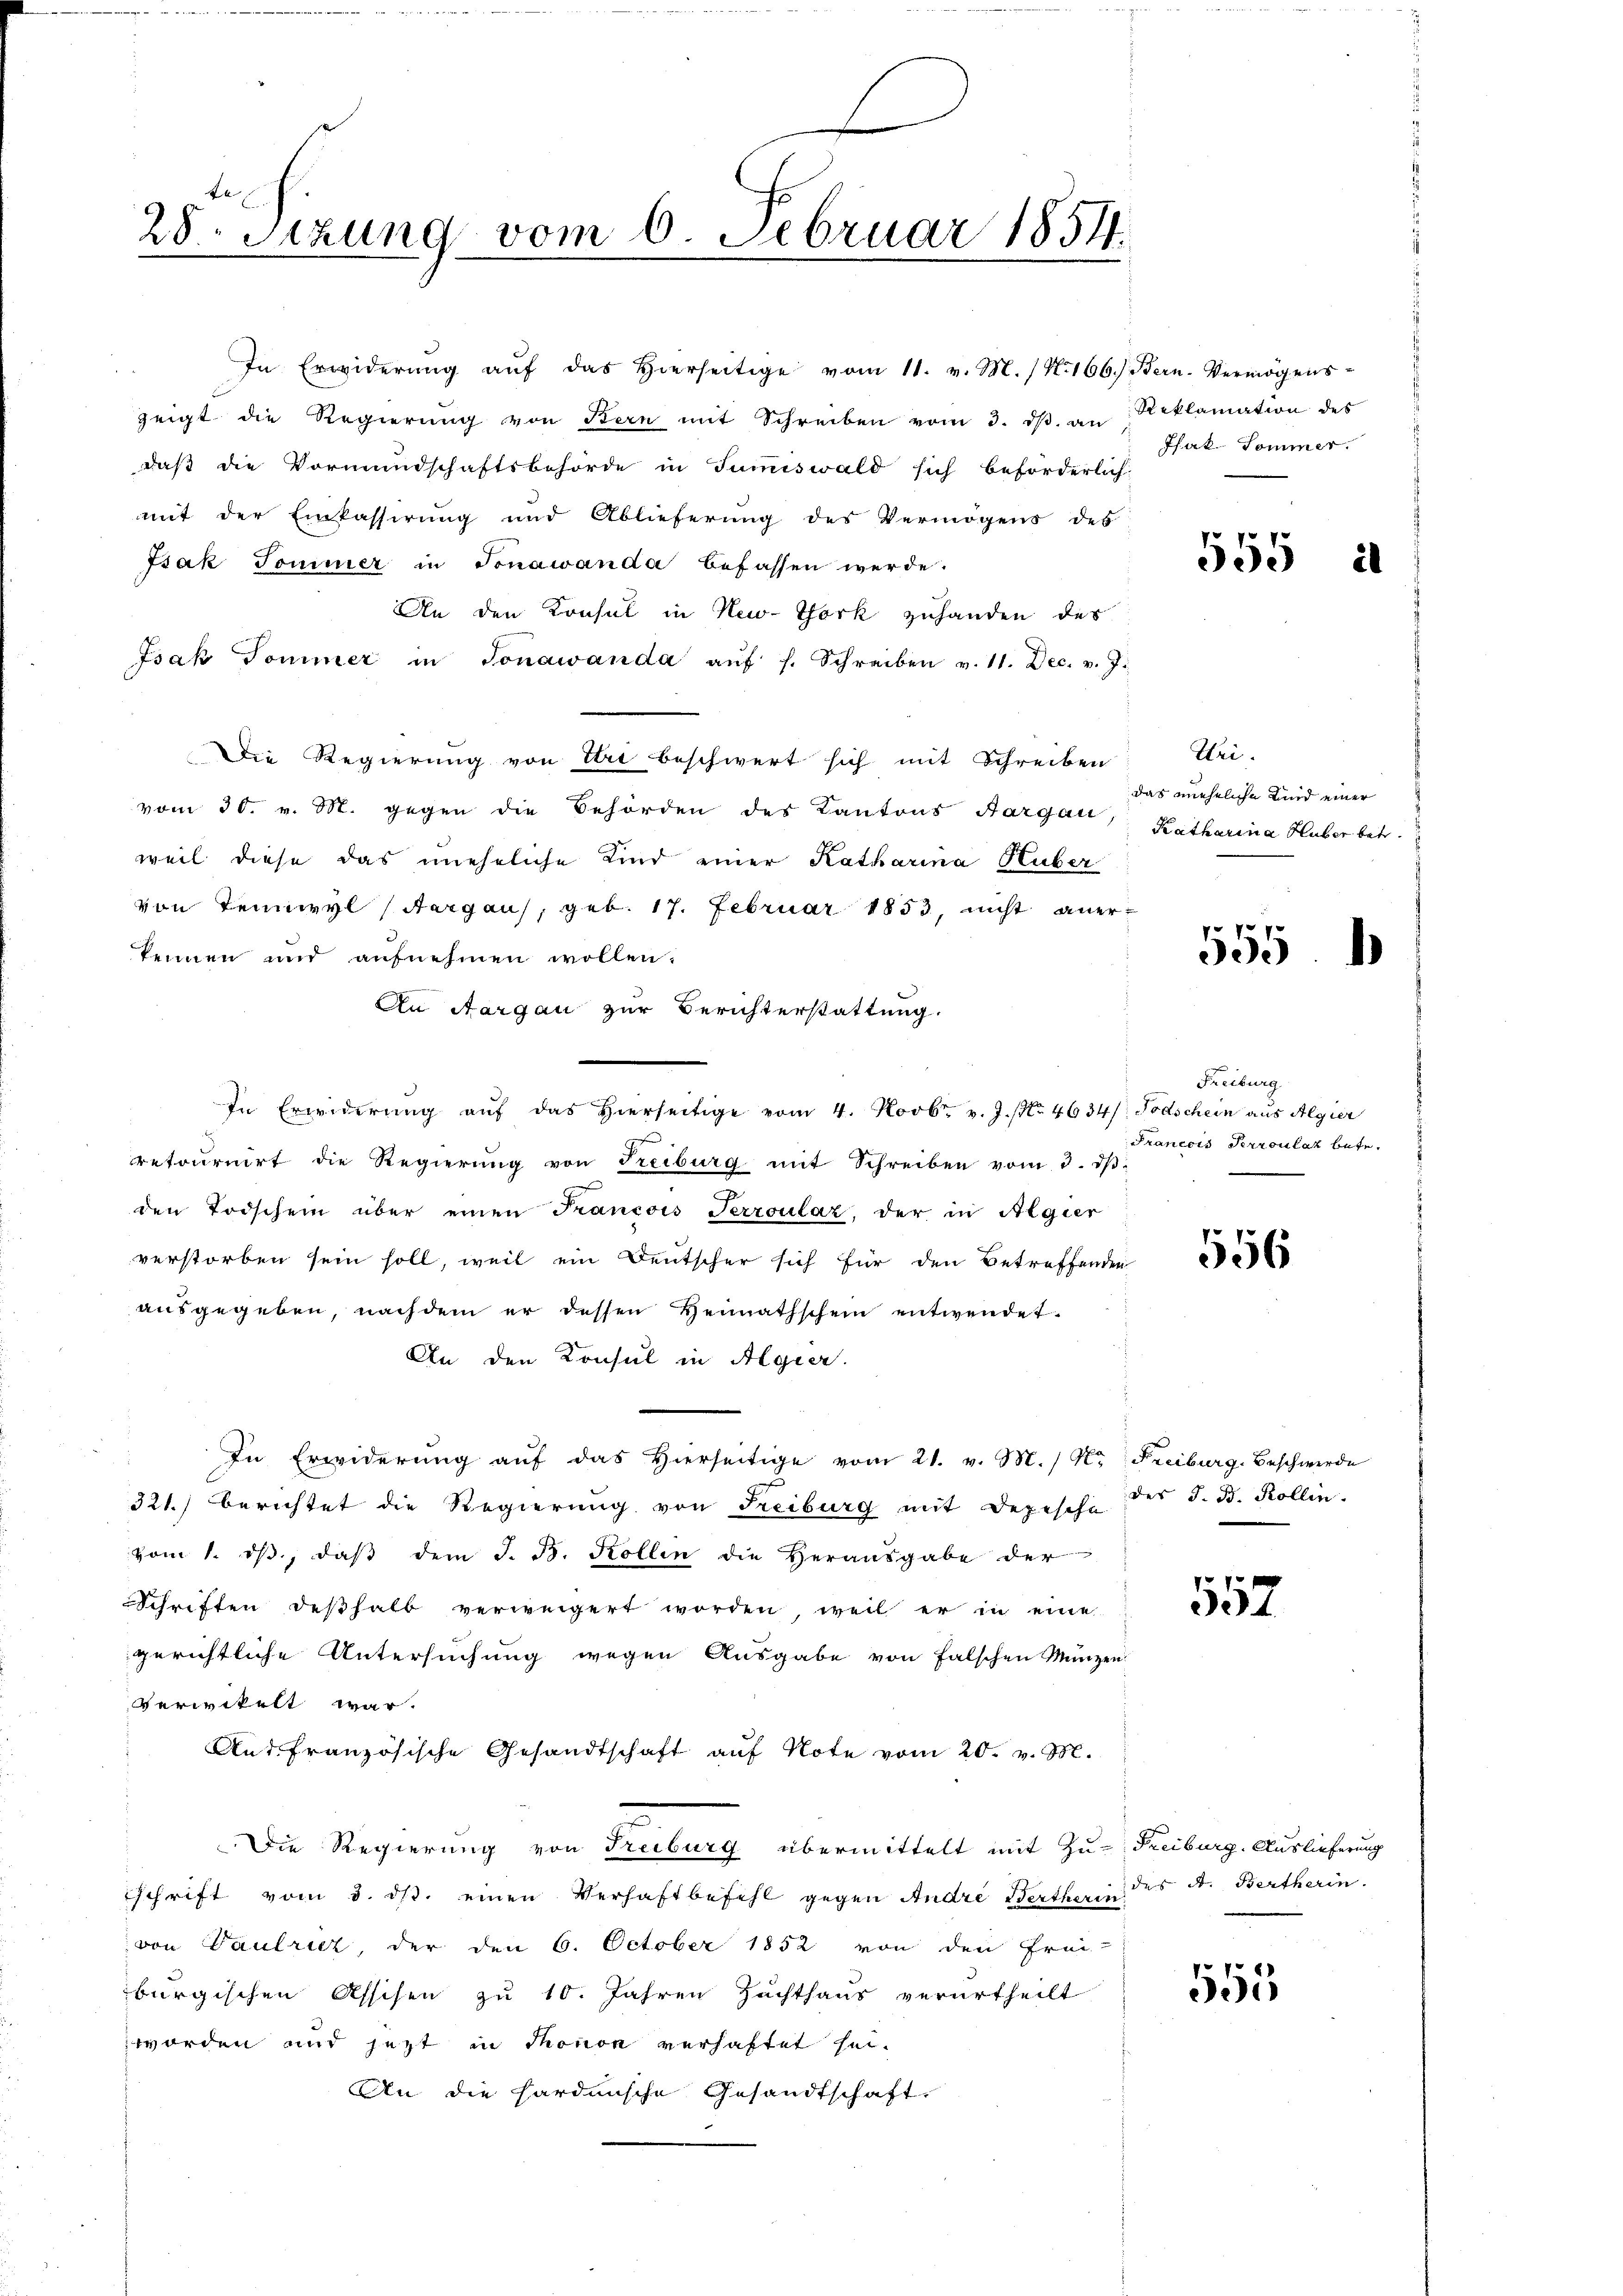
28. Sitzung vom 6. Februar 1854.

In Erwiderŭng aŭf das hierseitige vom 11. v. M. / N. 166.) Bern Vermögens-

zeigt die Regierŭng von Bern mit Schreiben vom 3. dβ an Reklamation des
daß die Vormundschaftsbehörde in Tumiswald sich beförderlich,
mit der Einkassirung und Ablieferung des Vermögens des
Fsak Sommer in Sonawande befassen werde.
An den Konsul in New-York zuhanden des
Isak Sommer in Jonawanda aŭf f. Schreiben v. 11. Dec. v. J.
Die Regierung von Uri beschwert sich mit Schreiben
vom 30. v. M. gegen die Behörden des Kantons Aargau
weil diese das uneheliche Kind einer Katharina Huber
von Teinwyl (Aargaus, geb. 17. Februar 1853, nicht anerkennen und aufnehmen wollen.
An Aargau zur Berichterstattung.
In Erwiderung auf das hierseitige vom 4. Novbr. v. J. No. 4634). Todschein aus Algier
x
retournirt die Regierung von Treiburg mit Schreiben vom 3. dβ
den Todschein über einen Francois Terroulaz, der in Algier
verstorben sein soll, weil ein Deutscher sich für den Betreffenden
ausgegeben, nachdem er dessen Heimathschein entwendet.
An den Konsul in Algier
In Erwiderung auf das Hierseitige vom 21. v. M. / N. Freiburg-Beschwerde
321.) Berichtet die Regierung von Freiburg mit Depesche
vom 1. dβ, daβ dem J. B. Kollin die Herausgabe der
Schriften deßhalb verweigert worden, weil er in eine
gerichtliche Untersuchung wegen Ausgabe von falschen Münzen
verwikelt war.
Ant. französische Gesandtschaft auf Note vom 20. v. M.
Die Regierung von Freiburg übermittelt mit Zu- Freiburg. Auslieferung
schrift vom 3. ds. einen Verhaftbefehl gegen Andre Bertherin des A. Bertherin.
von Paulriet, der den 6. October 1852 von den Frei-
burgischen Assisen zu 10. Jahren Zuchthaus verurtheilt
worden und jetzt in Thonon verhaftet sei.
An die hardische Gesandtschaft

Pfak-Sommer.

555 à

Uri.
das uneheliche und einer
Katharina Huber betr.

17
505. 1

Freiburg
Pranecis Perroulaz betr.

556

des J. B. Kollin.

557

551